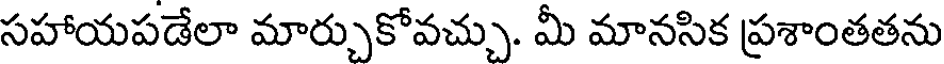
సహాయపడేలా మార్చుకోవచ్చు. మీ మానసిక ప్రశాంతతను